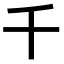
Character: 千